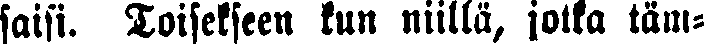
saisi. Toisekseen kun niillä, jolla täm-